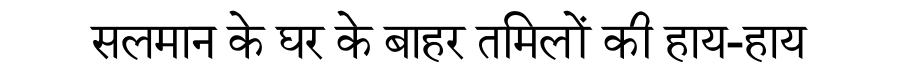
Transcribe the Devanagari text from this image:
सलमान के घर के बाहर तमिलों की हाय-हाय